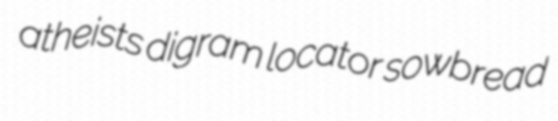
atheists digram locator sowbread